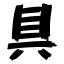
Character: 具